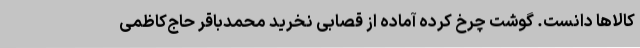
کالاها دانست. گوشت چرخ کرده آماده از قصابی نخرید محمدباقر حاج‌کاظمی